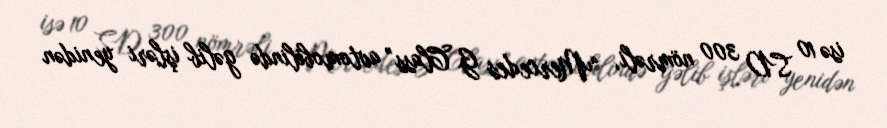
isə 10 SD 300 nömrəli, “Mercedes G Class” avtomobilində gəlib işləri yenidən